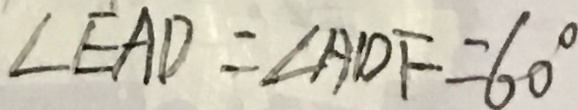
\angle E A D = \angle A D F = 6 0 ^ { \circ }